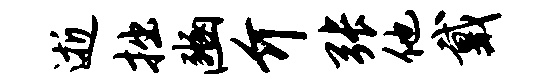
逝拙豳介张他戴